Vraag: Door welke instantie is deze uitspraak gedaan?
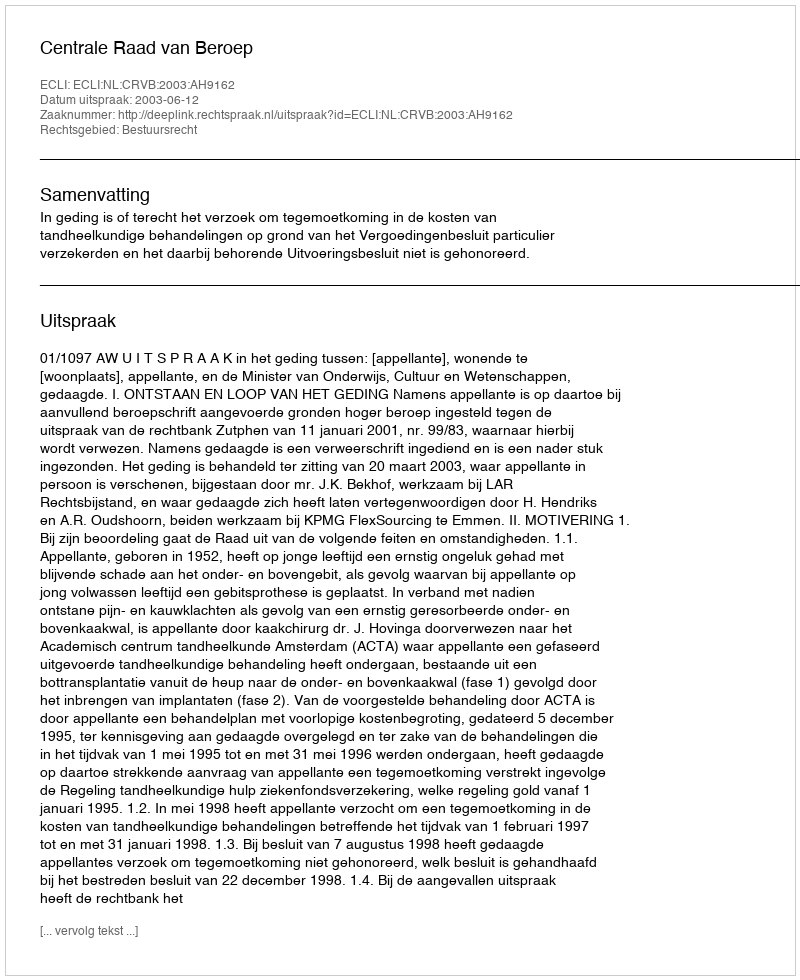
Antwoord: Centrale Raad van Beroep